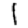
Digit: 1